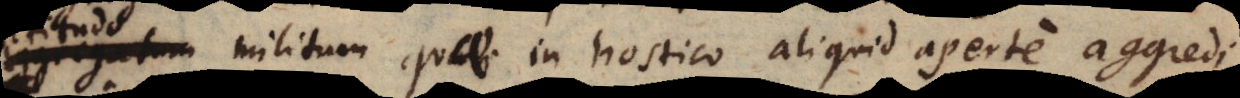
num militum quae in hostico aliquid aperte aggredi